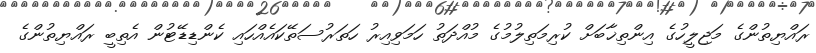
ރައްޔިތުންގެ މަޖިލީހުގެ އިންތިޚާބަށް ކުރިމަތިލުމުގެ މުއްދަތު ހަމަވިއިރު ހަތަރުސަތޭކައެއްހައި ކެންޑިޑޭޓުން އެތިބީ ރައްޔިތުންގެ